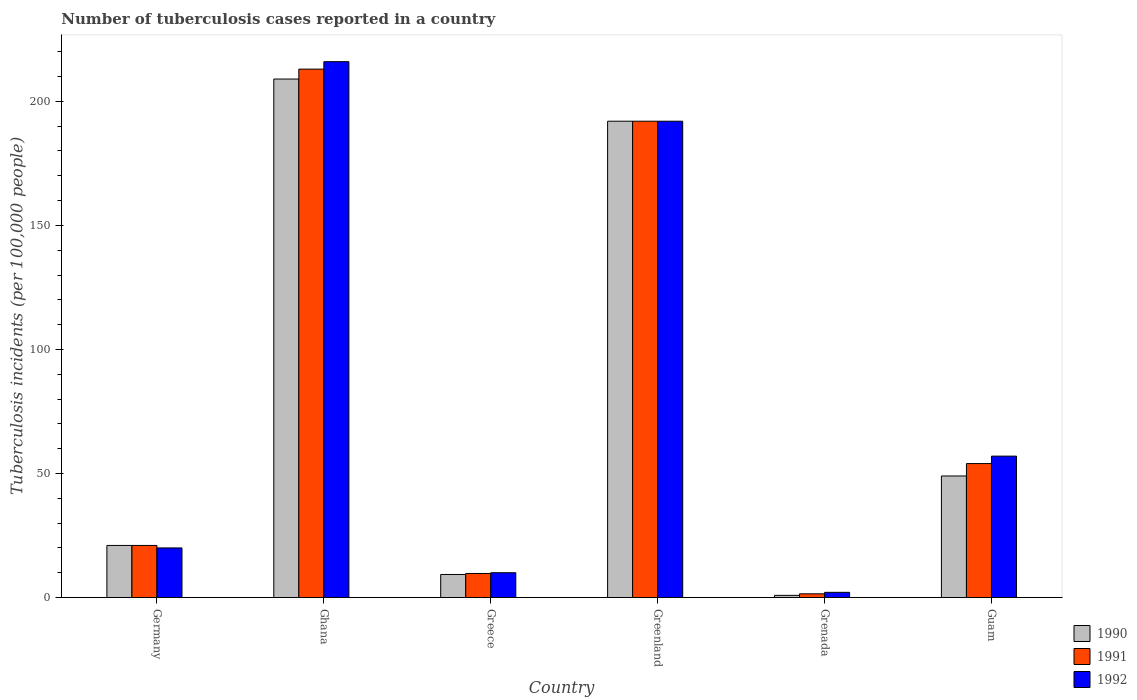
| Country | 1990 | 1991 | 1992 |
 | --- | --- | --- | --- |
 | Germany | 21 | 21 | 20 |
 | Ghana | 209 | 213 | 216 |
 | Greece | 9.3 | 9.7 | 10 |
 | Greenland | 192 | 192 | 192 |
 | Grenada | 0.88 | 1.5 | 2.1 |
 | Guam | 49 | 54 | 57 |